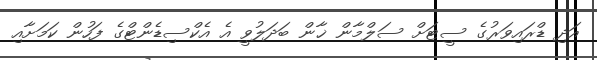
އަދި ޑްރައިވަރުގެ ސީޓަށް ސަލްމާން ޚާން ބަދަލުވީ އެ އެކްސިޑެންޓްގެ ފަހުން ކަމަށާއި